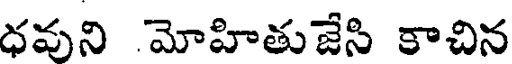
ధవుని మోహితుజేసి కాచిన